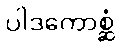
ပါဒကောစ္ဆံ